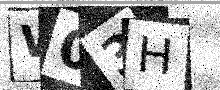
Text: W03H